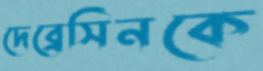
দেব্রেসিনকে